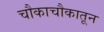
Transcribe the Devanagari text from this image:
चौकाचौकातून